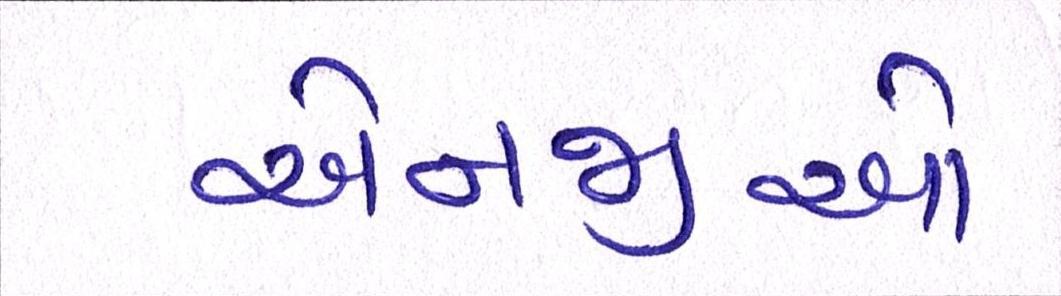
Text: એનજીઓ